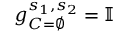
g _ { C = \varnothing } ^ { s _ { 1 } , s _ { 2 } } = \mathbb { I }